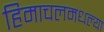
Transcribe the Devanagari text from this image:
हिमाचलमधल्या